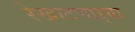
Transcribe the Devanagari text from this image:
रेखाटणाऱ्या